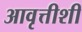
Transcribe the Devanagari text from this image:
आवृत्तीशी